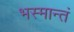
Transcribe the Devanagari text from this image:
भस्मान्तं